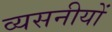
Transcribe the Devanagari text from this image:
व्यसनीयों